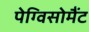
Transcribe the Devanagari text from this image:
पेग्विसोमैंट